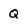
Character: Q